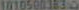
10105003830